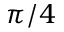
\pi / 4